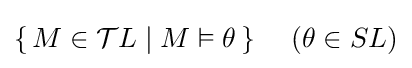
\{\,M\in {\cal {T}}L\mid M\vDash \theta \,\}~~~~(\theta \in SL)